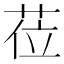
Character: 莅